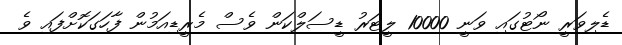
ޑެލިވަރީ ނޯޓުގައި ވަނީ 10000 ލީޓަރު ޑީސަލްކަން ވެސް މެރީޑިއަމުން ފާހަގަކޮށްފައި ވެ